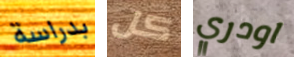
بدراسة كل اودري